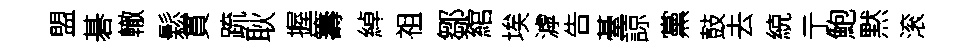
盟碁轍鬆貫䟽耿握籌綽祖鄒綰埃滹告䑓諒黨鼓去綂亍鮑黙滚